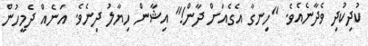
ކުދިކުދި ވެދާނެއެވެ. "ހިނގާ އެގެއަށް ދާން!" އިޝާން ހިޔާލު ދިނެވެ. އަނެއް ދެމީހުން